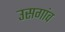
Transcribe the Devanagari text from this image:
उसगांव